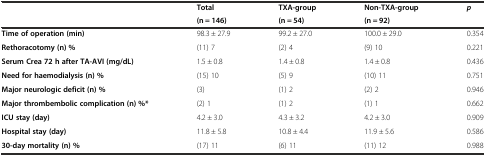
<table><thead><tr><td rowspan="2"></td><td><b>Total</b></td><td><b>TXA-group</b></td><td><b>Non-TXA-group</b></td><td rowspan="2"><b><i>p</i></b></td></tr><tr><td><b>(n = 146)</b></td><td><b>(n = 54)</b></td><td><b>(n = 92)</b></td></tr></thead><tbody><tr><td><b>Time of operation (min)</b></td><td>98.3 ± 27.9</td><td>99.2 ± 27.0</td><td>100.0 ± 29.0</td><td>0.354</td></tr><tr><td><b>Rethoracotomy (n) %</b></td><td>(11) 7</td><td>(2) 4</td><td>(9) 10</td><td>0.221</td></tr><tr><td><b>Serum Crea 72 h after TA-AVI (mg/dL)</b></td><td>1.5 ± 0.8</td><td>1.4 ± 0.8</td><td>1.4 ± 0.8</td><td>0.436</td></tr><tr><td><b>Need for haemodialysis (n) %</b></td><td>(15) 10</td><td>(5) 9</td><td>(10) 11</td><td>0.751</td></tr><tr><td><b>Major neurologic deficit (n) %</b></td><td>(3)</td><td>(1) 2</td><td>(2) 2</td><td>0.946</td></tr><tr><td><b>Major thrombembolic complication (n) %*</b></td><td>(2) 1</td><td>(1) 2</td><td>(1) 1</td><td>0.662</td></tr><tr><td><b>ICU stay (day)</b></td><td>4.2 ± 3.0</td><td>4.3 ± 3.2</td><td>4.2 ± 3.0</td><td>0.909</td></tr><tr><td><b>Hospital stay (day)</b></td><td>11.8 ± 5.8</td><td>10.8 ± 4.4</td><td>11.9 ± 5.6</td><td>0.586</td></tr><tr><td><b>30-day mortality (n) %</b></td><td>(17) 11</td><td>(6) 11</td><td>(11) 12</td><td>0.988</td></tr></tbody></table>